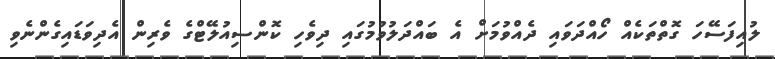
ލުއިފަސޭހަ ގޮތްތަކެއް ހޯއްދަވައި ދެއްވުމަށް އެ ބައްދަލުވުމުގައި ދިވެހި ކޮންސިއުލޭޓްގެ ވެރިން އެދިވަޑައިގެންނެވި